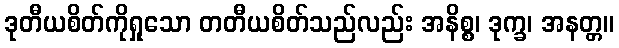
ဒုတီယစိတ်ကိုရှုသော တတီယစိတ်သည်လည်း အနိစ္စ၊ ဒုက္ခ၊ အနတ္တ။